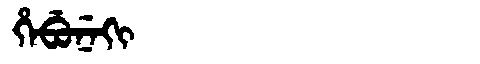
Manchu: ᡥᡝᠪᡠᠨᡝᡴᡳ
Romanization: HEBUNEKI